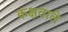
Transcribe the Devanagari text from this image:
कक्षवाले